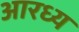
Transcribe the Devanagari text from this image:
आरध्य